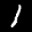
Label: 1